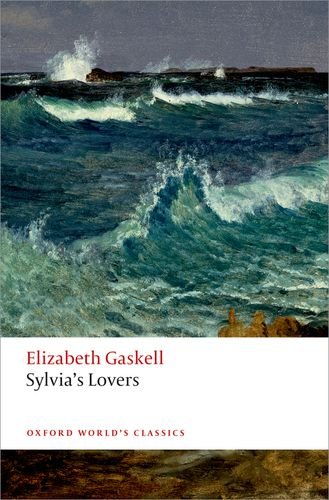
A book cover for Sylvia's Lovers (Oxford World's Classics); Elizabeth Gaskell; Romance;